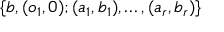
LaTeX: \{ b , ( o _ { 1 } , 0 ) ; ( a _ { 1 } , b _ { 1 } ) , \dots , ( a _ { r } , b _ { r } ) \}